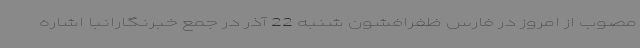
مصوب از امروز در فارس ظفرافشون شنبه 22 آذر در جمع خبرنگارانبا اشاره